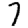
Digit: 7